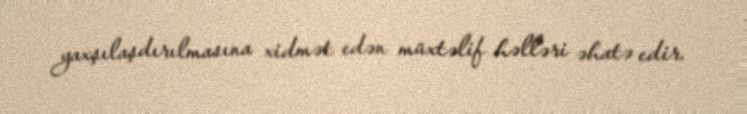
yaxşılaşdırılmasına xidmət edən müxtəlif həlləri əhatə edir.